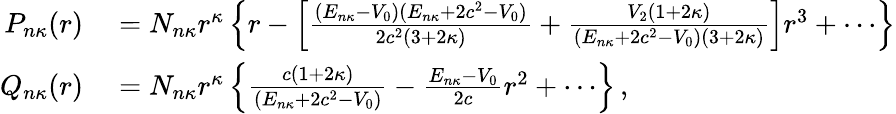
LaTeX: \begin{array}{r}{\begin{array}{rl}{P_{n\kappa}(r)}&{{}=N_{n\kappa}r^{\kappa}\left\{ r-\left[\frac{(E_{n\kappa}-V_{0})(E_{n\kappa}+2c^{2}-V_{0})}{2c^{2}(3+2\kappa)}+\frac{V_{2}(1+2\kappa)}{(E_{n\kappa}+2c^{2}-V_{0})(3+2\kappa)}\right]r^{3}+\cdots\right\} }\\ {Q_{n\kappa}(r)}&{{}=N_{n\kappa}r^{\kappa}\left\{ \frac{c(1+2\kappa)}{(E_{n\kappa}+2c^{2}-V_{0})}-\frac{E_{n\kappa}-V_{0}}{2c}r^{2}+\cdots\right\} \, ,}\end{array}}\end{array}